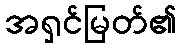
အရှင်မြတ်၏